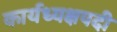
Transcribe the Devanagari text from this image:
कार्यध्यक्षपदी